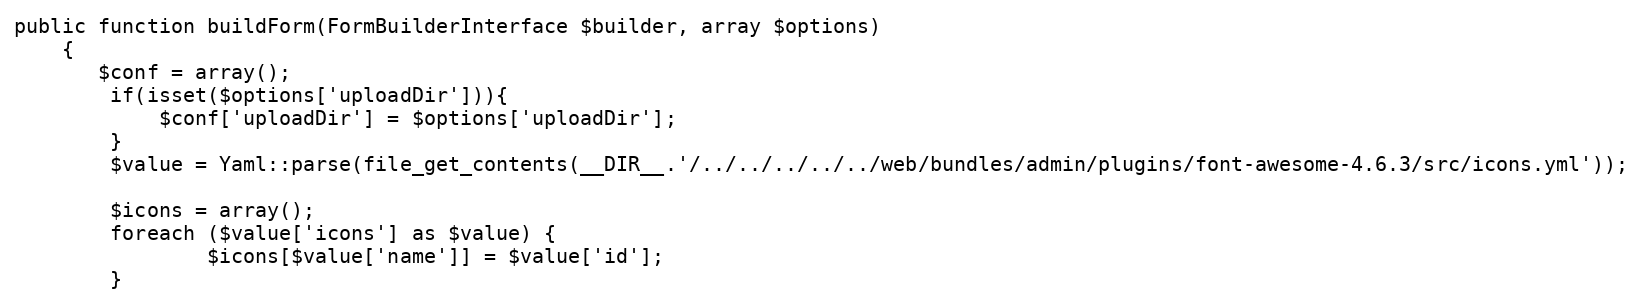
Language: PHP
public function buildForm(FormBuilderInterface $builder, array $options)
    {
       $conf = array();
        if(isset($options['uploadDir'])){
            $conf['uploadDir'] = $options['uploadDir'];
        }
        $value = Yaml::parse(file_get_contents(__DIR__.'/../../../../../web/bundles/admin/plugins/font-awesome-4.6.3/src/icons.yml'));

        $icons = array();
        foreach ($value['icons'] as $value) {
                $icons[$value['name']] = $value['id'];
        }